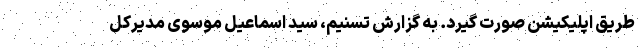
طریق اپلیکیشن صورت گیرد. به گزارش تسنیم، سید اسماعیل موسوی مدیرکل